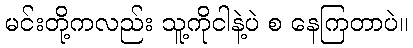
မင်းတို့ကလည်း သူ့ကိုငါနဲ့ပဲ စ နေကြတာပဲ။